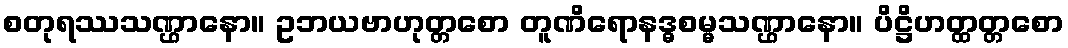
စတုရဿသဏ္ဌာနော။ ဥဘယဗာဟုတ္တစော တူဏိရောနဒ္ဓစမ္မသဏ္ဌာနော။ ပိဋ္ဌိဟတ္ထတ္တစော